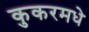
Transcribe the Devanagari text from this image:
कुकरमधे